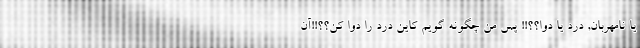
یا نامهربان, درد یا دوا؟؟!! پس من چگونه گویم کاین درد را دوا کن؟؟!!آن